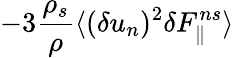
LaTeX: -3\frac{\rho_{s}}{\rho}\langle{(\delta u_{n})^{2}\delta F_{\parallel}^{ns}}\rangle